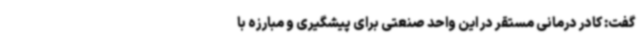
گفت: کادر درمانی مستقر در این واحد صنعتی برای پیشگیری و مبارزه با